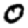
Digit: 0